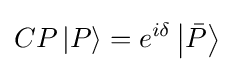
CP\left|P\right\rangle =e^{i\delta }\left|{\bar {P}}\right\rangle